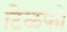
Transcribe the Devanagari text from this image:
टिळको